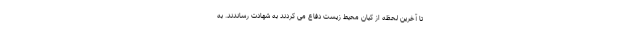
تا آخرین لحظه از کیان محیط زیست دفاع می کردند به شهادت رساندند. به